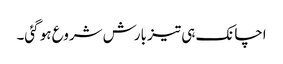
اچانک ہی تیز بارش شروع ہو گئی۔